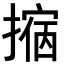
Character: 𢴀